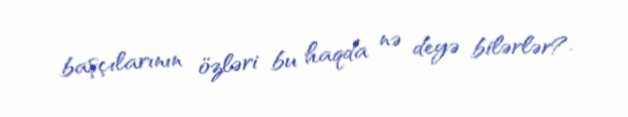
başçılarının özləri bu haqda nə deyə bilərlər?.